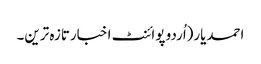
احمدیار(اُردو پوائنٹ اخبارتازہ ترین۔